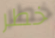
خطر